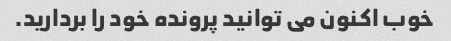
خوب اکنون می توانید پرونده خود را بردارید.